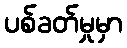
ပစ်ခတ်မှုမှာ